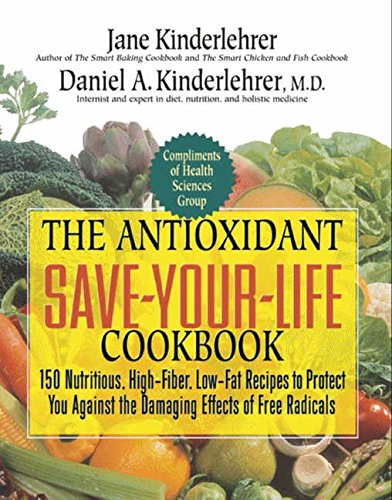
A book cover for The Antioxidant Save-Your-Life Cookbook: 150 Nutritious, High Fiber, Low-Fat Recipes to Protect You Against the Damaging Effects of Free Radicals; Jane Kinderlehrer; Health, Fitness & Dieting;